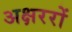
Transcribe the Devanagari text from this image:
अक्षररों